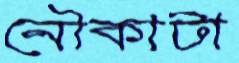
নৌকাটা